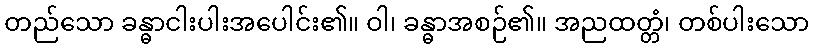
တည်သော ခန္ဓာငါးပါးအပေါင်း၏။ ဝါ၊ ခန္ဓာအစဉ်၏။ အညထတ္တံ၊ တစ်ပါးသော